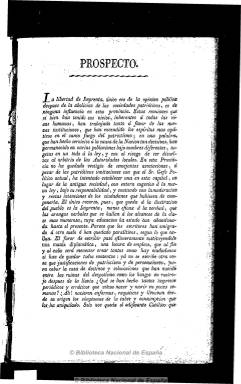
Título: El Censor político y literario de Murcia
Colección: Periódicos anteriores a 1850
Ámbito geográfico: Murcia
Lugar de publicación: Murcia
Fechas: 01/01/1821-07/04/1821

Durante el Trienio Liberal (1820-1823) se editaron en Murcia 19 periódicos, la mayoría de ellos afines a la ideología oficial, sin embargo muy críticos sobre todo con quienes regían los destinos de Murcia, por lo que se dio cierta confusión entre las dos fronteras ideológicas existentes. Así, aunque el clero fue más proclive a la postura ‘realista’, se formó en el Seminario de San Fulgencio un fuerte núcleo liberal defensor de una situación política contraria a las instituciones y prerrogativas eclesiásticas. D. José Arróniz Alarcón, profesor de filosofía de esta institución, fue uno de los redactores del periódico semanal El Censor Político y Literario de Murcia  que comenzó a publicarse en Murcia en la Imprenta de José Santamaría el 20 enero de 1821 y que, según alusión del Diario Popular, lanzó su último número en julio del mismo año.
Según anunciaba su ‘Prospecto’, en él se exponían consideraciones generales y narraciones de sucesos particulares, así como noticias de los progresos importantes conseguidos por las ciencias, la literatura o la industria.